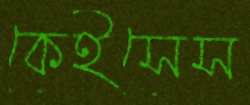
কেইসেস